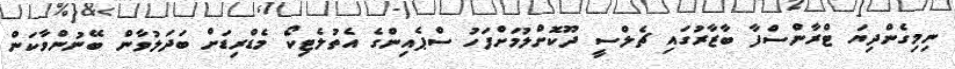
ނިމިގެންދިޔަ ޓްރާންސްފާ ބާޒާރުގައި ޗެލްސީ ދޫކޮށްލުމަށްފަހު ސްޕެއިންގެ އެތުލެޓިކޯ މެޑްރިޑަށް ބަދަލުވާން ބޭނުންވާކަން